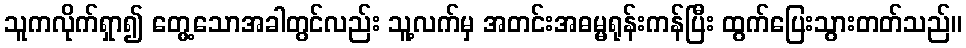
သူကလိုက်ရှာ၍ တွေ့သောအခါတွင်လည်း သူ့လက်မှ အတင်းအဓမ္မရုန်းကန်ပြီး ထွက်ပြေးသွားတတ်သည်။